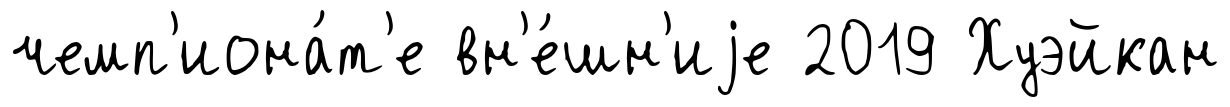
чемп'иона́т'е вн'е́шн'иjе 2019 Хуэйкан